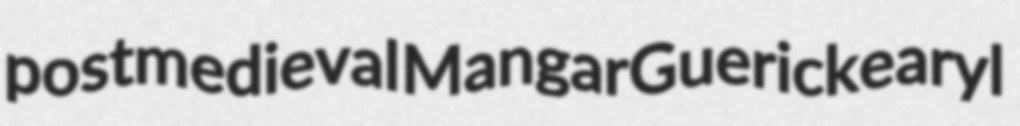
postmedieval Mangar Guericke aryl